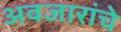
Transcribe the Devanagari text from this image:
अवजारांचे